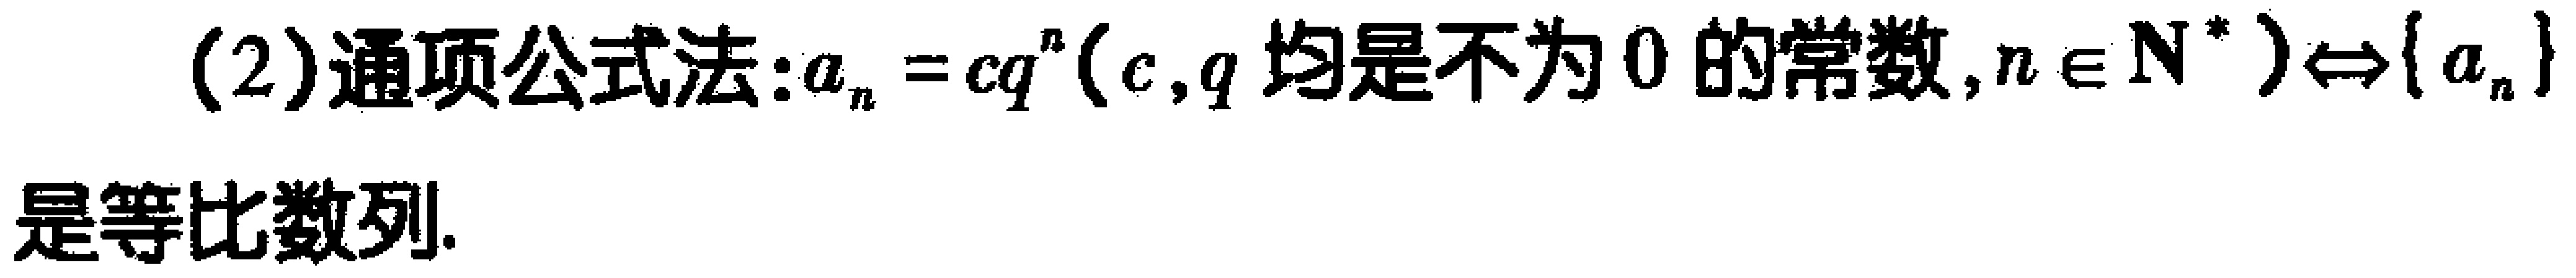
(2)通项公式法：$a_{n}=cq^{n}(c,q均是不为0的常数,n\in \mathbf{N}^{*})\Leftrightarrow\{a_{n}\}$是等比数列.